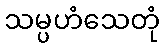
သမ္ပဟံသေတုံ